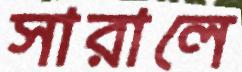
সারালে